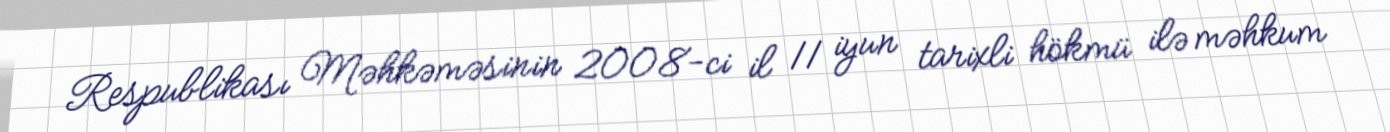
Respublikası Məhkəməsinin 2008-ci il 11 iyun tarixli hökmü ilə məhkum